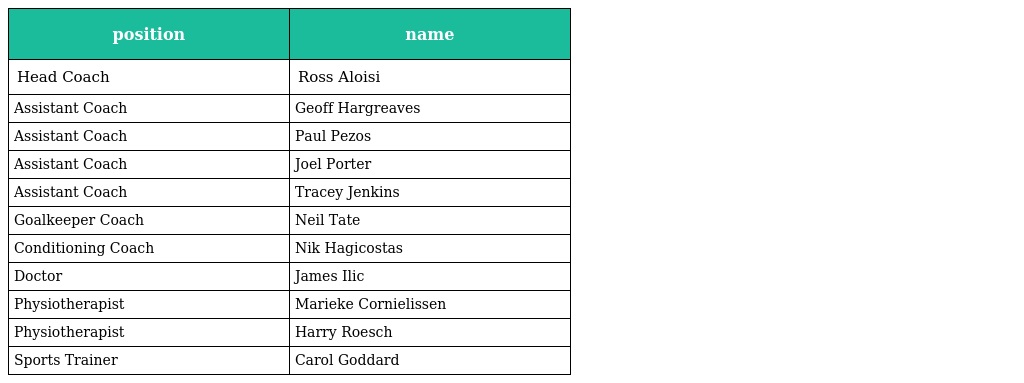
| position | name |
 | --- | --- |
 | Head Coach | Ross Aloisi |
 | Assistant Coach | Geoff Hargreaves |
 | Assistant Coach | Paul Pezos |
 | Assistant Coach | Joel Porter |
 | Assistant Coach | Tracey Jenkins |
 | Goalkeeper Coach | Neil Tate |
 | Conditioning Coach | Nik Hagicostas |
 | Doctor | James Ilic |
 | Physiotherapist | Marieke Cornielissen |
 | Physiotherapist | Harry Roesch |
 | Sports Trainer | Carol Goddard |